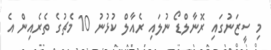
މި ސީޒަނުގައި ރޮނާލްޑޯ ނުލައި ރެއާލް ކުޅުނު 10 މެޗުގެ ތެރެއިން އެ